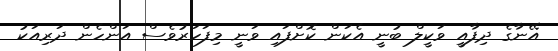
އޭނާގެ ދިފާއީ ވަކީލް ބުނީ އެކަން ކޮށްފައި ވަނީ މިފަހަރުވެސް އަންހެން ދަރިއަކު